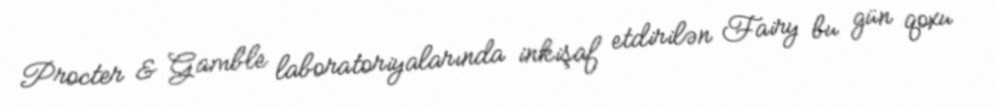
Procter & Gamble laboratoriyalarında inkişaf etdirilən Fairy bu gün qoxu